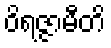
ဝိရဇ္ဇာမီတိ